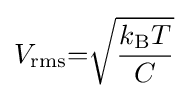
V_{\text{rms}}{=}{\sqrt {k_{\text{B}}T \over C}}